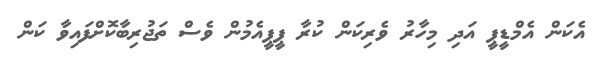
އެކަން އެމްޑީޕީ އަދި މިހާރު ވެރިކަން ކުރާ ޕީޕީއެމުން ވެސް ތަޖުރިބާކޮށްފައިވާ ކަން